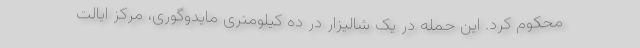
محکوم کرد. این حمله در یک شالیزار در ده کیلومتری مایدوگوری، مرکز ایالت